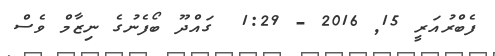
ފެބްރުއަރީ 15